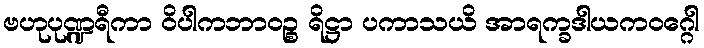
ဗဟုပုဏ္ဍရီကာ ဝိပါကဘာဝဉ္စ ရိဋ္ဌာ ပကာသယိ အာရက္ခဒါယကဝဂ္ဂေါ